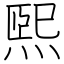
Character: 煕